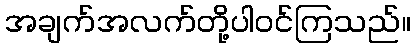
အချက်အလက်တို့ပါဝင်ကြသည်။